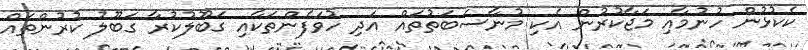
ކެކުޅުން ހުނުމާއި މަޖާކުރުން އެކި މުނާސަބަތުތައް އަދި ހުވަފެންތަކާއި ގަބޫލުކުރާ ގަބޫލު ކުރުންތައް